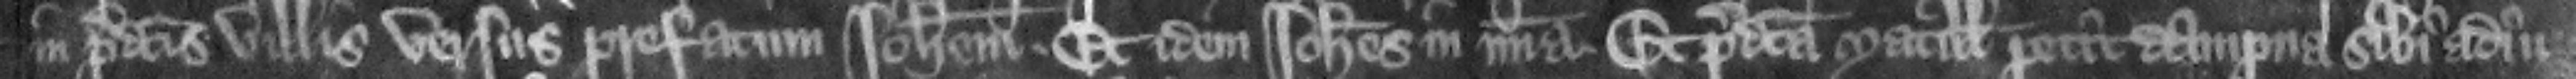
in predictis villis versus prefatum Iohannem. Et idem Iohannes in misericordia.  Et predicta Matillis petit dampna sibi audiu